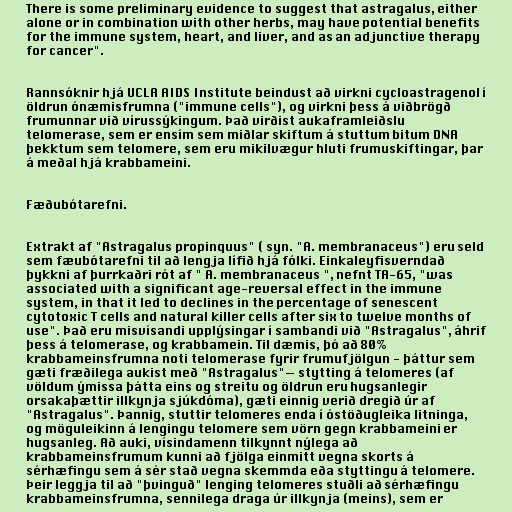
There is some preliminary evidence to suggest that astragalus, either
alone or in combination with other herbs, may have potential benefits
for the immune system, heart, and liver, and as an adjunctive therapy
for cancer".

Rannsóknir hjá UCLA AIDS Institute beindust að virkni cycloastragenol í
öldrun ónæmisfrumna ("immune cells"), og virkni þess á viðbrögð
frumunnar við vírussýkingum. Það virðist aukaframleiðslu
telomerase, sem er ensím sem miðlar skiftum á stuttum bitum DNA
þekktum sem telomere, sem eru mikilvægur hluti frumuskiftingar, þar
á meðal hjá krabbameini.

Fæðubótarefni.

Extrakt af "Astragalus propinquus" ( syn. "A. membranaceus") eru seld
sem fæubótarefni til að lengja lífið hjá fólki. Einkaleyfisverndað
þykkni af þurrkaðri rót af " A. membranaceus ", nefnt TA-65, "was
associated with a significant age-reversal effect in the immune
system, in that it led to declines in the percentage of senescent
cytotoxic T cells and natural killer cells after six to twelve months of
use". Það eru misvísandi upplýsingar í sambandi við "Astragalus", áhrif
þess á telomerase, og krabbamein. Til dæmis, þó að 80%
krabbameinsfrumna noti telomerase fyrir frumufjölgun - þáttur sem
gæti fræðilega aukist með "Astragalus"— stytting á telomeres (af
völdum ýmissa þátta eins og streitu og öldrun eru hugsanlegir
orsakaþættir illkynja sjúkdóma), gæti einnig verið dregið úr af
"Astragalus". Þannig, stuttir telomeres enda í óstöðugleika litninga,
og möguleikinn á lengingu telomere sem vörn gegn krabbameini er
hugsanleg. Að auki, vísindamenn tilkynnt nýlega að
krabbameinsfrumum kunni að fjölga einmitt vegna skorts á
sérhæfingu sem á sér stað vegna skemmda eða styttingu á telomere.
Þeir leggja til að "þvinguð" lenging telomeres stuðli að sérhæfingu
krabbameinsfrumna, sennilega draga úr illkynja (meins), sem er